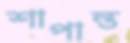
শাপান্ত